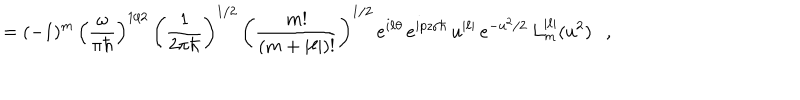
= ( - 1 ) ^ { m } \, \left( \frac { \omega } { \pi \hbar } \right) ^ { 1 / 2 } \, \left( \frac { 1 } { 2 \pi \hbar } \right) ^ { 1 / 2 } \, \left( \frac { m ! } { ( m + | \ell | ) ! } \right) ^ { 1 / 2 } \, e ^ { i \ell \theta } \, e ^ { i p z / \hbar } \, u ^ { | \ell | } \, e ^ { - u ^ { 2 } / 2 } \, L _ { m } ^ { | \ell | } ( u ^ { 2 } ) \ \ \ ,